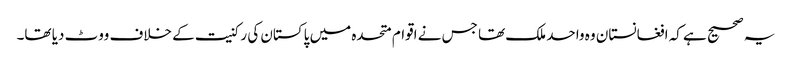
یہ صحیح ہے کہ افغانستان وہ واحد ملک تھا جس نے اقوام متحدہ میں پاکستان کی رکنیت کے خلاف ووٹ دیا تھا۔